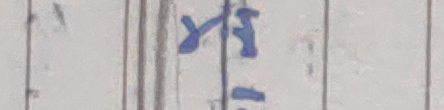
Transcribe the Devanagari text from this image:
खि